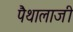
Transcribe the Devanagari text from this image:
पैथालाजी